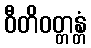
ဝီတိဝတ္တန္တံ